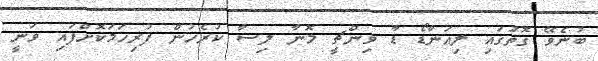
ބުނެވޭ ގޮތުގައި ލިއަނާޑޯ ޑާ ވިންޗީ މޮނާ ލިސާ ކުރެހުން ފުރިހަމަކޮށްފައި ވަނީ